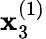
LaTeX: \mathbf{x}_{3}^{(1)}